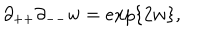
\partial _ { + + } \partial _ { -- } w = e x p \{ 2 w \} ,